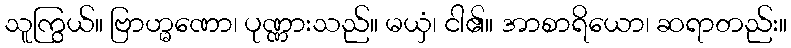
သူကြွယ်။ ဗြာဟ္မဏော၊ ပုဏ္ဏားသည်။ မယှံ၊ ငါ၏။ အာစာရိယော၊ ဆရာတည်း။